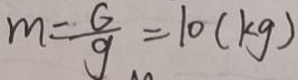
m = \frac { G } { g } = 1 0 ( k g )